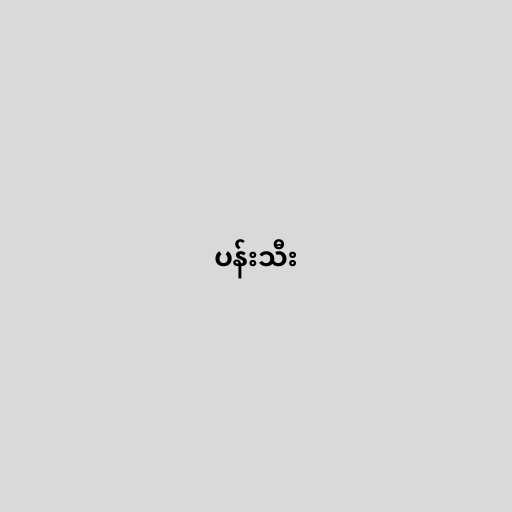
ပန်းသီး